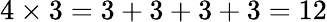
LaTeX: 4\times 3=3+3+3+3=12